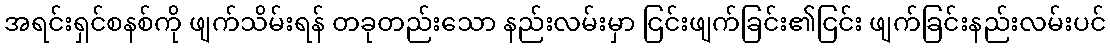
အရင်းရှင်စနစ်ကို ဖျက်သိမ်းရန် တခုတည်းသော နည်းလမ်းမှာ ငြင်းဖျက်ခြင်း၏ငြင်း ဖျက်ခြင်းနည်းလမ်းပင်